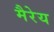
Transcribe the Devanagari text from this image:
मैरेय